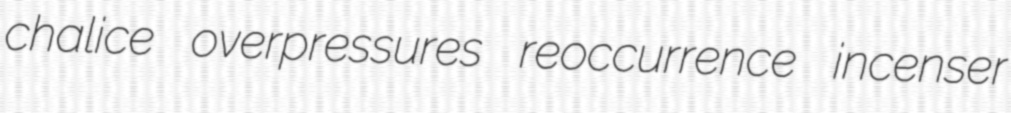
chalice overpressures reoccurrence incenser